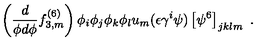
\left( \frac { d } { \phi d \phi } f _ { 3 , m } ^ { ( 6 ) } \right) \phi _ { i } \phi _ { j } \phi _ { k } \phi _ { l } u _ { m } ( \epsilon \gamma ^ { i } \psi ) \left[ \psi ^ { 6 } \right] _ { j k l m } \ .